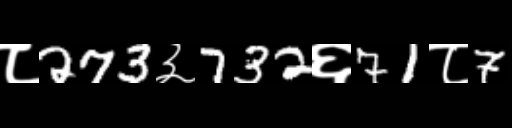
Text: ८273३732६71८7